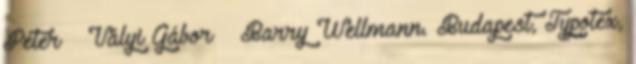
Péter – Vályi Gábor – Barry Wellmann. Budapest, Typotex,